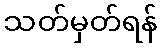
သတ်မှတ်ရန်